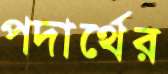
পদার্থের